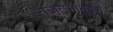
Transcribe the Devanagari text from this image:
राजतगानुवंश